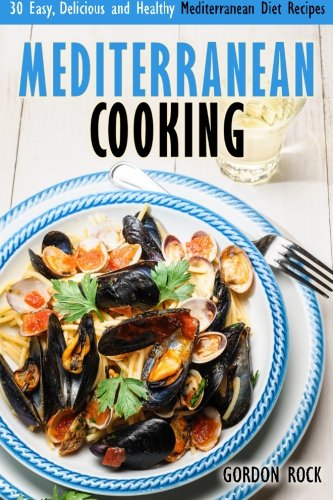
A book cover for Mediterranean Cooking: 30 Easy, Delicious and Healthy Mediterranean Diet Recipes (Mediterranean Cookbook); Gordon Rock; Health, Fitness & Dieting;